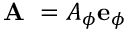
\mathrm { ~ \bf ~ A ~ } = A _ { \phi } { \bf e } _ { \phi }